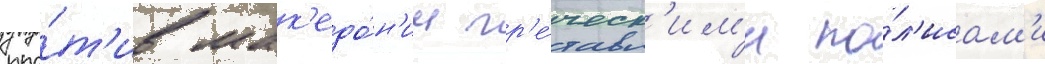
про́т'ив мак'едо́н'ии гр'е́ческ'им'и по́л'исам'и